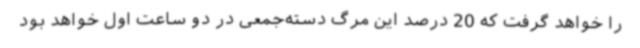
را خواهد گرفت که 20 درصد این مرگ دسته‌جمعی در دو ساعت اول خواهد بود